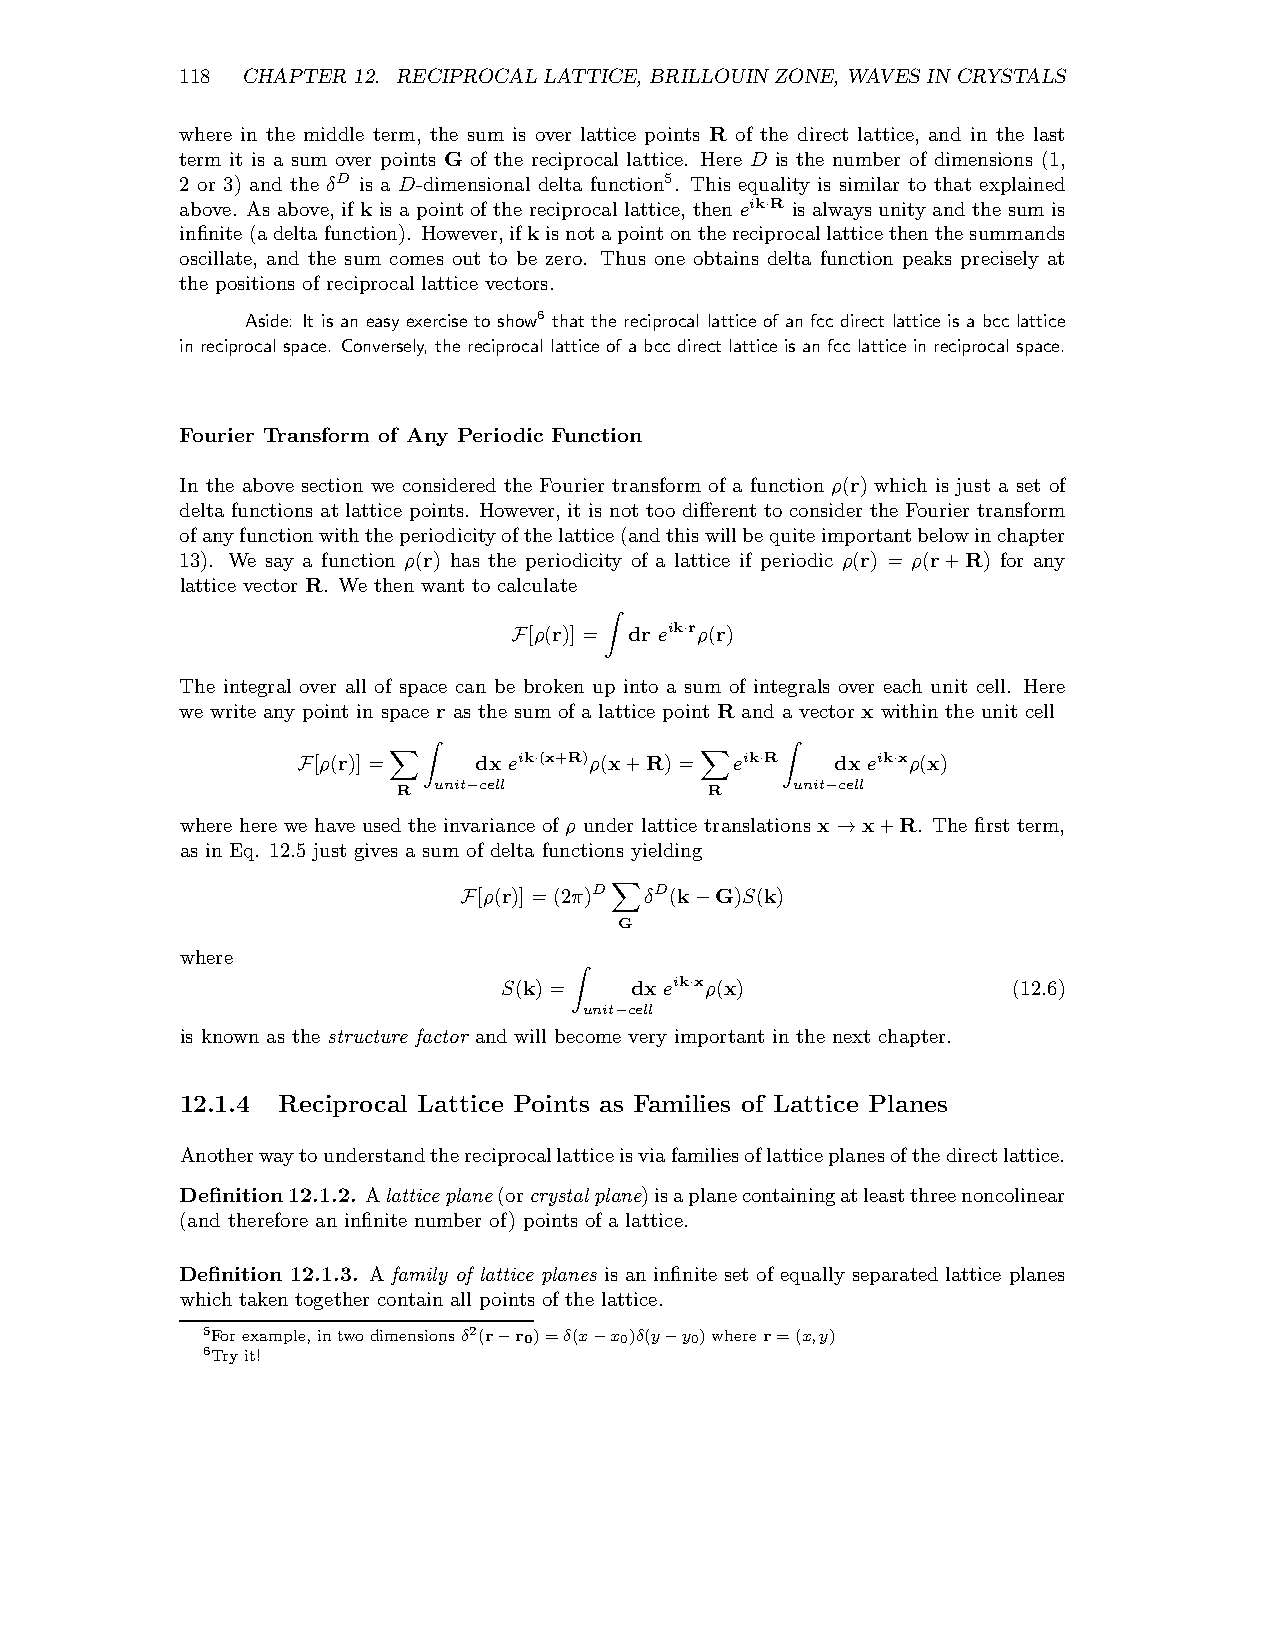
118 CHAPTER 12. RECIPROCAL LATTICE, BRILLOUIN ZONE, WAVES IN CRYSTALS
 where in the middle term, the sum is over lattice points R of the direct lattice, and in the last
 term it is a sum over points G of the reciprocal lattice. Here D is the number of dimensions (1,
 2 or 3) and the δD is a D-dimensional delta function5. This equality is similar to that explained
 above. As above,if k is a point of the reciprocallattice, then eik·R is always unity and the sum is
 infinite(adeltafunction). However,ifkisnotapointonthereciprocallatticethenthesummands
 oscillate, and the sum comes out to be zero. Thus one obtains delta function peaks precisely at
 the positions of reciprocal lattice vectors.
 Aside: It is an easy exercise to show6 that the reciprocal lattice of an fcc direct lattice is a bcc lattice
 in reciprocal space. Conversely, thereciprocal latticeof a bcc direct lattice is anfcc lattice in reciprocal space.
 Fourier Transform of Any Periodic Function
 In the above section we considered the Fourier transform of a function ρ(r) which is just a set of
 delta functions at lattice points. However,it is not too different to consider the Fourier transform
 ofanyfunctionwiththeperiodicityofthelattice(andthiswillbequiteimportantbelowinchapter
 13). We say a function ρ(r) has the periodicity of a lattice if periodic ρ(r) = ρ(r+R) for any
 lattice vector R. We then want to calculate
 [ρ(r)]= dr eik·rρ(r)
 F
 Z
 The integral over all of space can be broken up into a sum of integrals over each unit cell. Here
 we write any point in space r as the sum of a lattice point R and a vector x within the unit cell
 [ρ(r)]=   dx eik·(x+R)ρ(x+R)= eik·R dx eik·xρ(x)
 F
 R Zunit−cell         R    Zunit−cell
 X                   X
 where here we have used the invariance of ρ under lattice translations x x+R. The first term,
 →
 as in Eq. 12.5 just gives a sum of delta functions yielding
 [ρ(r)]=(2π)D δD(k G)S(k)
 F               −
 G
 X
 where
 S(k)=    dx eik·xρ(x)             (12.6)
 Zunit−cell
 is known as the structure factor and will become very important in the next chapter.
 12.1.4 Reciprocal Lattice Points as Families of Lattice Planes
 Anotherwaytounderstandthereciprocallatticeisviafamiliesoflatticeplanesofthedirectlattice.
 Definition12.1.2. Alatticeplane(orcrystalplane)isaplanecontainingatleastthreenoncolinear
 (and therefore an infinite number of) points of a lattice.
 Definition 12.1.3. A family of lattice planes is an infinite set of equally separated lattice planes
 which taken together contain all points of the lattice.
 5Forexample,intwodimensionsδ2(r r0)=δ(x x0)δ(y y0)wherer=(x,y)
 6Tryit!             −     −    −